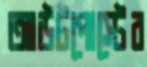
আউটপোস্টের